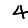
Digit: 4